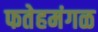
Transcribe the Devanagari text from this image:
फतेहमंगळ